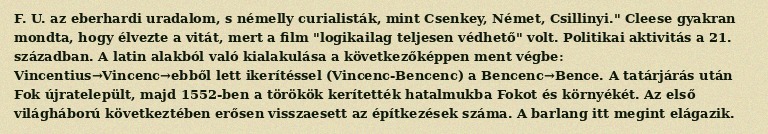
F. U. az eberhardi uradalom, s némelly curialisták, mint Csenkey, Német, Csillinyi." Cleese gyakran mondta, hogy élvezte a vitát, mert a film "logikailag teljesen védhető" volt. Politikai aktivitás a 21. században. A latin alakból való kialakulása a következőképpen ment végbe: Vincentius→Vincenc→ebből lett ikerítéssel (Vincenc-Bencenc) a Bencenc→Bence. A tatárjárás után Fok újratelepült, majd 1552-ben a törökök kerítették hatalmukba Fokot és környékét. Az első világháború következtében erősen visszaesett az építkezések száma. A barlang itt megint elágazik.